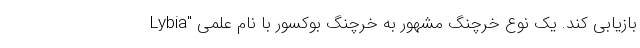
بازیابی کند. یک نوع خرچنگ مشهور به خرچنگ بوکسور با نام علمی "Lybia